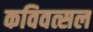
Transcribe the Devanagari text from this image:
कविवत्सल